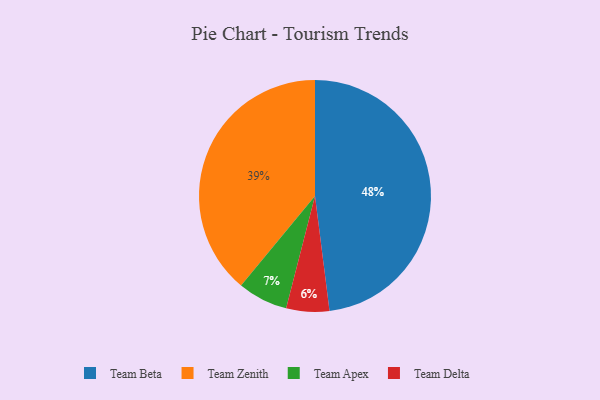
{"axis": {"x": "Category", "y": "Percentage"}, "legend": ["Team Apex", "Team Beta", "Team Delta", "Team Zenith"], "data": [{"x": "Team Zenith", "y": 39, "type": "Team Zenith"}, {"x": "Team Beta", "y": 48, "type": "Team Beta"}, {"x": "Team Delta", "y": 6, "type": "Team Delta"}, {"x": "Team Apex", "y": 7, "type": "Team Apex"}]}